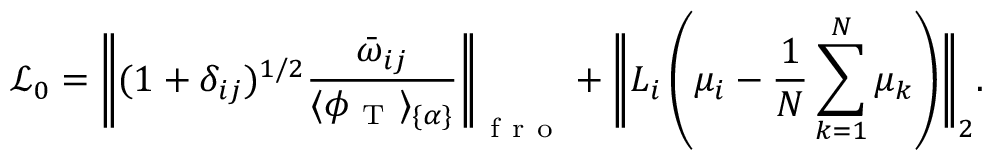
\mathcal { L } _ { 0 } = \Bigg | \! \Bigg | ( 1 + \delta _ { i j } ) ^ { 1 / 2 } \frac { \bar { \omega } _ { i j } } { \langle \phi _ { \mathrm { ~ T ~ } } \rangle _ { \{ \alpha \} } } \Bigg | \! \Bigg | _ { \mathrm { ~ f ~ r ~ o ~ } } + \Bigg | \! \Bigg | L _ { i } \left( \mu _ { i } - \frac { 1 } { N } \sum _ { k = 1 } ^ { N } \mu _ { k } \right) \! \Bigg | \! \Bigg | _ { 2 } .